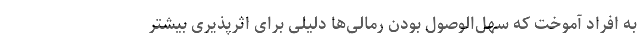
به افراد آموخت که سهل‌الوصول بودن رمالی‌ها دلیلی برای اثرپذیری بیشتر